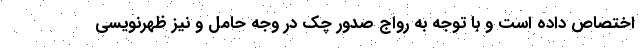
اختصاص داده است و با توجه به رواج صدور چک در وجه حامل و نیز ظهرنویسی